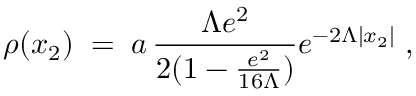
\rho ( x _ { 2 } ) \; = \; a \, \frac { \Lambda e ^ { 2 } } { 2 ( 1 - \frac { e ^ { 2 } } { 1 6 \Lambda } ) } e ^ { - 2 \Lambda | x _ { 2 } | } \; ,